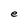
Character: e